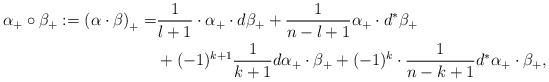
LaTeX: \begin{align*}\begin{aligned}\alpha_+ \circ \beta_+ := \left(\alpha \cdot \beta\right)_+ =& \frac{1}{l+1}\cdot \alpha_+ \cdot d\beta_+ + \frac{1}{n-l+1} \alpha_+ \cdot d^* \beta_+ \\&+ (-1)^{k+1} \frac{1}{k+1} d\alpha_+ \cdot \beta_+ + (-1)^k \cdot \frac{1}{n-k+1} d^* \alpha_+ \cdot \beta_+,\end{aligned}\end{align*}